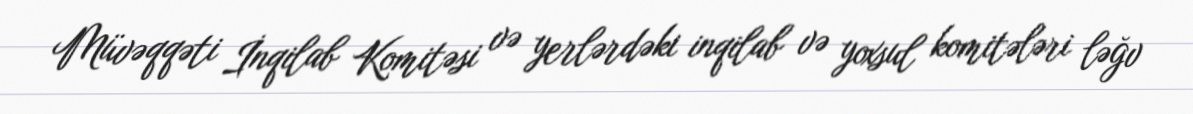
Müvəqqəti İnqilab Komitəsi və yerlərdəki inqilab və yoxsul komitələri ləğv